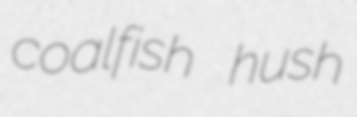
coalfish hush